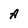
Character: A